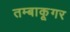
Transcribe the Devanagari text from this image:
तम्बाकूगर